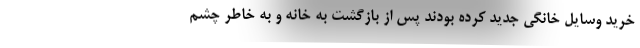
خرید وسایل خانگی جدید کرده بودند پس از بازگشت به خانه و به خاطر چشم